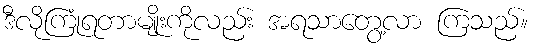
ဒီလိုကြုံရတာမျိုးကိုလည်း အရသာတွေ့လာ ကြသည်။